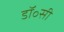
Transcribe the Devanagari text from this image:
डॉ॰सी